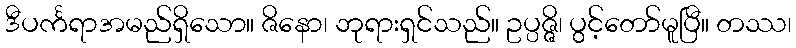
ဒီပင်္ကရာအမည်ရှိသော။ ဇိနော၊ ဘုရားရှင်သည်။ ဥပ္ပဇ္ဇိ၊ ပွင့်တော်မူပြီ။ တဿ၊